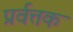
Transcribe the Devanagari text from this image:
प्रर्वत्तक